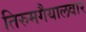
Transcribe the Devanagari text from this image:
तिरुमगैयालवार